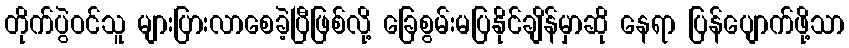
တိုက်ပွဲဝင်သူ များပြားလာစေခဲ့ပြီဖြစ်လို့ ခြေစွမ်းမပြနိုင်ချိန်မှာဆို နေရာ ပြန်ပျောက်ဖို့သာ